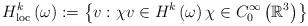
LaTeX: \begin{align*} H_{\operatorname*{loc}}^{k}\left( \omega\right) :=\left\{ v:\chi v\in H^{k}\left( \omega\right) \chi\in C_{0}^{\infty}\left( \mathbb{R}^{3}\right) \right\}\end{align*}